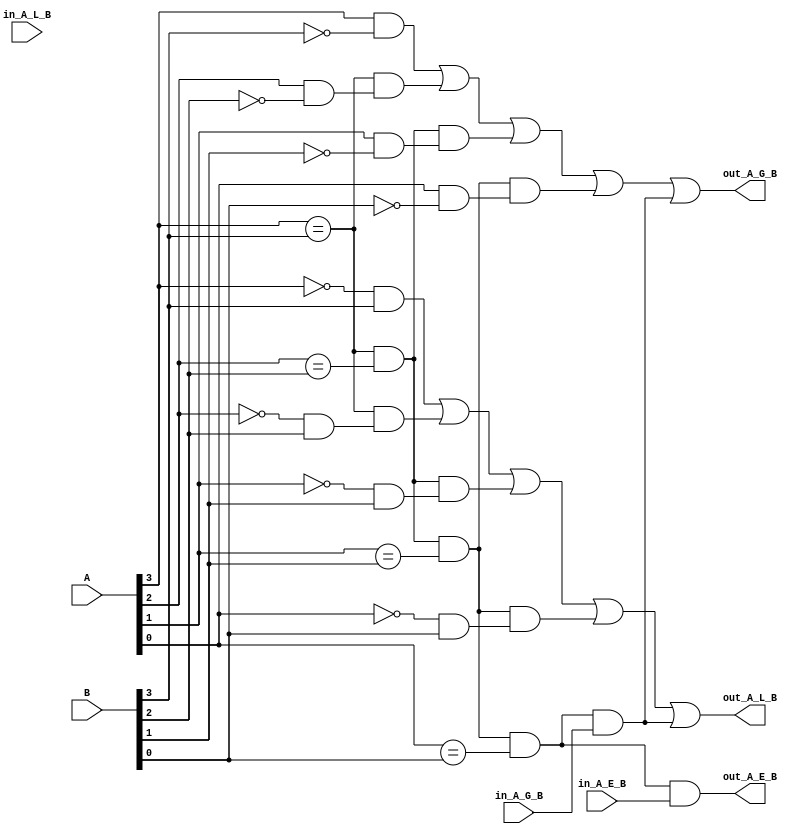
module comparator_4 (
    input  [ 3: 0] A,
    input  [ 3: 0] B,
    input          in_A_G_B,
    input          in_A_E_B,
    input          in_A_L_B,
    output         out_A_G_B,
    output         out_A_E_B,
    output         out_A_L_B
);

    assign out_A_G_B = (  A[3] && ~B[3])
                    || (( A[3] ==  B[3]) && ( A[2] && ~B[2]))
                    || (( A[3] ==  B[3]) && ( A[2] ==  B[2]) && ( A[1] && ~B[1]))
                    || (( A[3] ==  B[3]) && ( A[2] ==  B[2]) && ( A[1] ==  B[1]) && ( A[0] && ~B[0]))
                    || (( A[3] ==  B[3]) && ( A[2] ==  B[2]) && ( A[1] ==  B[1]) && ( A[0] ==  B[0]) && in_A_G_B); 
    assign out_A_L_B = ( ~A[3] &&  B[3])
                    || (( A[3] ==  B[3]) && (~A[2] &&  B[2]))
                    || (( A[3] ==  B[3]) && ( A[2] ==  B[2]) && (~A[1] &&  B[1]))
                    || (( A[3] ==  B[3]) && ( A[2] ==  B[2]) && ( A[1] ==  B[1]) && (~A[0] &&  B[0]))
                    || (( A[3] ==  B[3]) && ( A[2] ==  B[2]) && ( A[1] ==  B[1]) && ( A[0] ==  B[0]) && in_A_G_B); 
    assign out_A_E_B = (  A[3] ==  B[3]) && ( A[2] ==  B[2]) && ( A[1] ==  B[1]) && ( A[0] ==  B[0]) && in_A_E_B;
endmodule